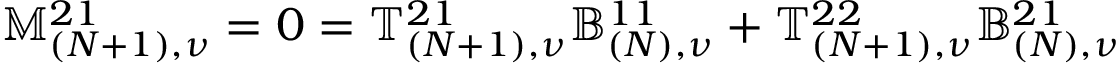
\mathbb { M } _ { ( N + 1 ) , \nu } ^ { 2 1 } = 0 = \mathbb { T } _ { ( N + 1 ) , \nu } ^ { 2 1 } \mathbb { B } _ { ( N ) , \nu } ^ { 1 1 } + \mathbb { T } _ { ( N + 1 ) , \nu } ^ { 2 2 } \mathbb { B } _ { ( N ) , \nu } ^ { 2 1 }